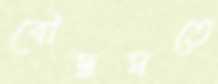
বৌদ্ধমতে